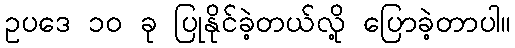
ဥပဒေ ၁၀ ခု ပြုနိုင်ခဲ့တယ်လို့ ပြောခဲ့တာပါ။